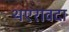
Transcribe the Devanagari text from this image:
थएरावदा